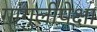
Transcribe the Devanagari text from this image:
गांगुलीपेक्षा